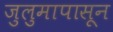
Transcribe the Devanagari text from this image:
जुलुमापासून